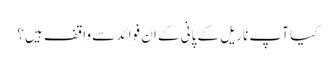
کیا آپ ناریل کے پانی کے ان فوائد سے واقف ہیں؟